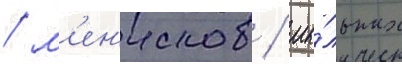
/ м'ен'исков / мы́льных